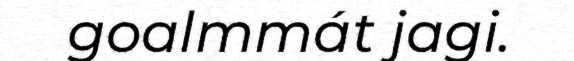
goalmmát jagi.